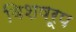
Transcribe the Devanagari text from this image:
विशषरूप